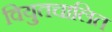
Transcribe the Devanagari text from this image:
वियुतचालित